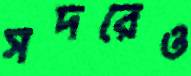
সদরেও